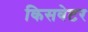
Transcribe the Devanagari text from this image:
किसवेटर